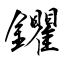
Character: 鑺